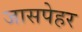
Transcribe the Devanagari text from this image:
जासपेहर